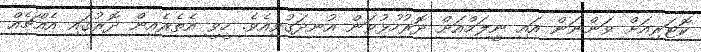
ކޮޓަރިއަށް ވަންނަން އައި ނީލަމްއަށް ދޮރުހުޅުވަން އުނދަގުވިއެވެ. ހީވީ އެތެރެއިން ދޮރުގައި އެއްޗެއް